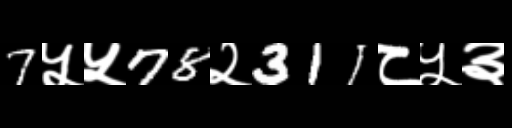
Text: 7५५78२311८५३